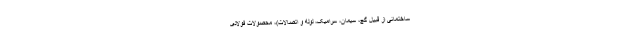
ساختمانی از قبیل گچ، سیمان، سرامیک، لوله و اتصالات)، محصولات فولادی